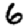
Digit: 6